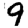
Digit: 9